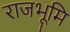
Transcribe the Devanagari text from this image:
राजभूमि